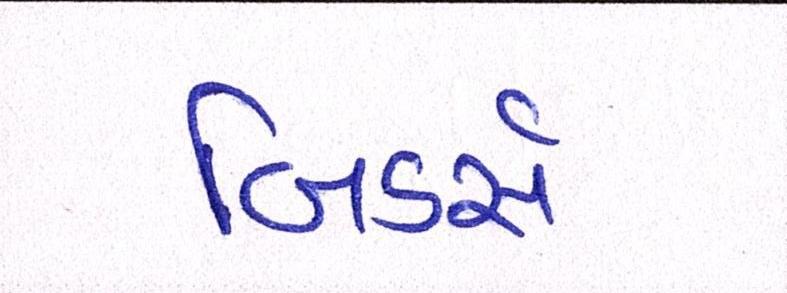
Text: બિડર્સ